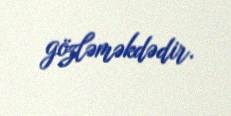
gözləməkdədir.